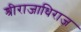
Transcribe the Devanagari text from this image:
श्रीराजाधिराज